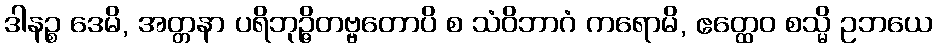
ဒါနဉ္စ ဒေမိ, အတ္တနာ ပရိဘုဉ္ဇိတဗ္ဗတောပိ စ သံဝိဘာဂံ ကရောမိ, ဧတ္ထေဝ စသ္မိ ဥဘယေ